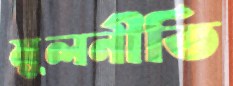
মূলনীতি